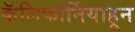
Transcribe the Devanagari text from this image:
कॅलिफोर्नियाहून